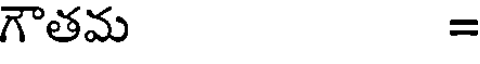
గౌతమ =